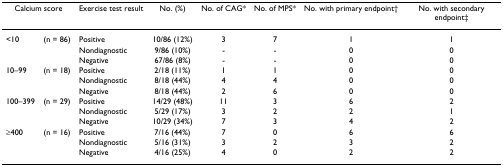
<table><thead><tr><td colspan="2"><b>Calcium score</b></td><td><b>Exercise test result</b></td><td><b>No. (%)</b></td><td><b>No. of CAG*</b></td><td><b>No. of MPS*</b></td><td><b>No. with primary endpoint†</b></td><td><b>No. with secondary endpoint‡</b></td></tr></thead><tbody><tr><td>&lt;10</td><td>(n = 86)</td><td>Positive</td><td>10/86 (12%)</td><td>3</td><td>7</td><td>1</td><td>1</td></tr><tr><td></td><td></td><td>Nondiagnostic</td><td>9/86 (10%)</td><td>-</td><td>-</td><td>0</td><td>0</td></tr><tr><td></td><td></td><td>Negative</td><td>67/86 (8%)</td><td>-</td><td>-</td><td>0</td><td>0</td></tr><tr><td>10–99</td><td>(n = 18)</td><td>Positive</td><td>2/18 (11%)</td><td>1</td><td>1</td><td>0</td><td>0</td></tr><tr><td></td><td></td><td>Nondiagnostic</td><td>8/18 (44%)</td><td>4</td><td>4</td><td>0</td><td>0</td></tr><tr><td></td><td></td><td>Negative</td><td>8/18 (44%)</td><td>2</td><td>6</td><td>0</td><td>0</td></tr><tr><td>100–399</td><td>(n = 29)</td><td>Positive</td><td>14/29 (48%)</td><td>11</td><td>3</td><td>6</td><td>2</td></tr><tr><td></td><td></td><td>Nondiagnostic</td><td>5/29 (17%)</td><td>3</td><td>2</td><td>2</td><td>1</td></tr><tr><td></td><td></td><td>Negative</td><td>10/29 (34%)</td><td>7</td><td>3</td><td>4</td><td>2</td></tr><tr><td>≥400</td><td>(n = 16)</td><td>Positive</td><td>7/16 (44%)</td><td>7</td><td>0</td><td>6</td><td>6</td></tr><tr><td></td><td></td><td>Nondiagnostic</td><td>5/16 (31%)</td><td>3</td><td>2</td><td>3</td><td>2</td></tr><tr><td></td><td></td><td>Negative</td><td>4/16 (25%)</td><td>4</td><td>0</td><td>2</td><td>2</td></tr></tbody></table>